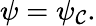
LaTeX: \psi=\psi_{\mathcal{C}}.